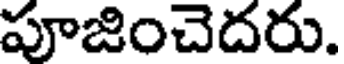
పూజించెదరు.